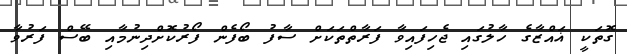
ގޮތަކީ ޣައްޒާގެ ހާލުގައި ޖެހިފައިވާ ފަރާތްތަކަށް ސާފު ބޯފެން ފޯރުކޮށްދިނުމާއި ބޭސް ފަރުވާ